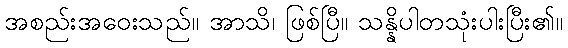
အစည်းအဝေးသည်။ အာသိ၊ ဖြစ်ပြီ။ သန္နိပါတသုံးပါးပြီး၏။